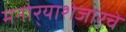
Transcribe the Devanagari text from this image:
मनोर्‍याशेजारचे